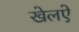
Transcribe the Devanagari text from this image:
खेलऐ